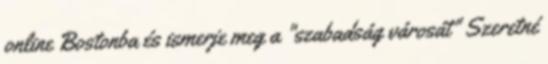
online Bostonba és ismerje meg a "szabadság városát" Szeretné